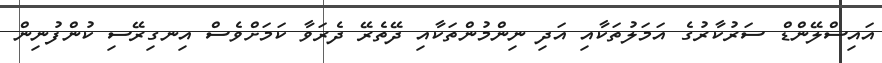
އައިސްލޭންޑް ސަރުކާރުގެ އަމަލުތަކާއި އަދި ނިންމުންތަކާއި ދޭތެރޭ ދެރަވާ ކަމަށްވެސް އިނގިރޭސި ކުންފުނިން